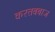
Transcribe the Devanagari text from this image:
करतबबाज